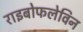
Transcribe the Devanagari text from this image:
राइबोफलेविन